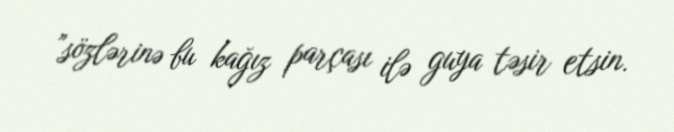
”sözlərinə bu kağız parçası ilə guya təsir etsin.